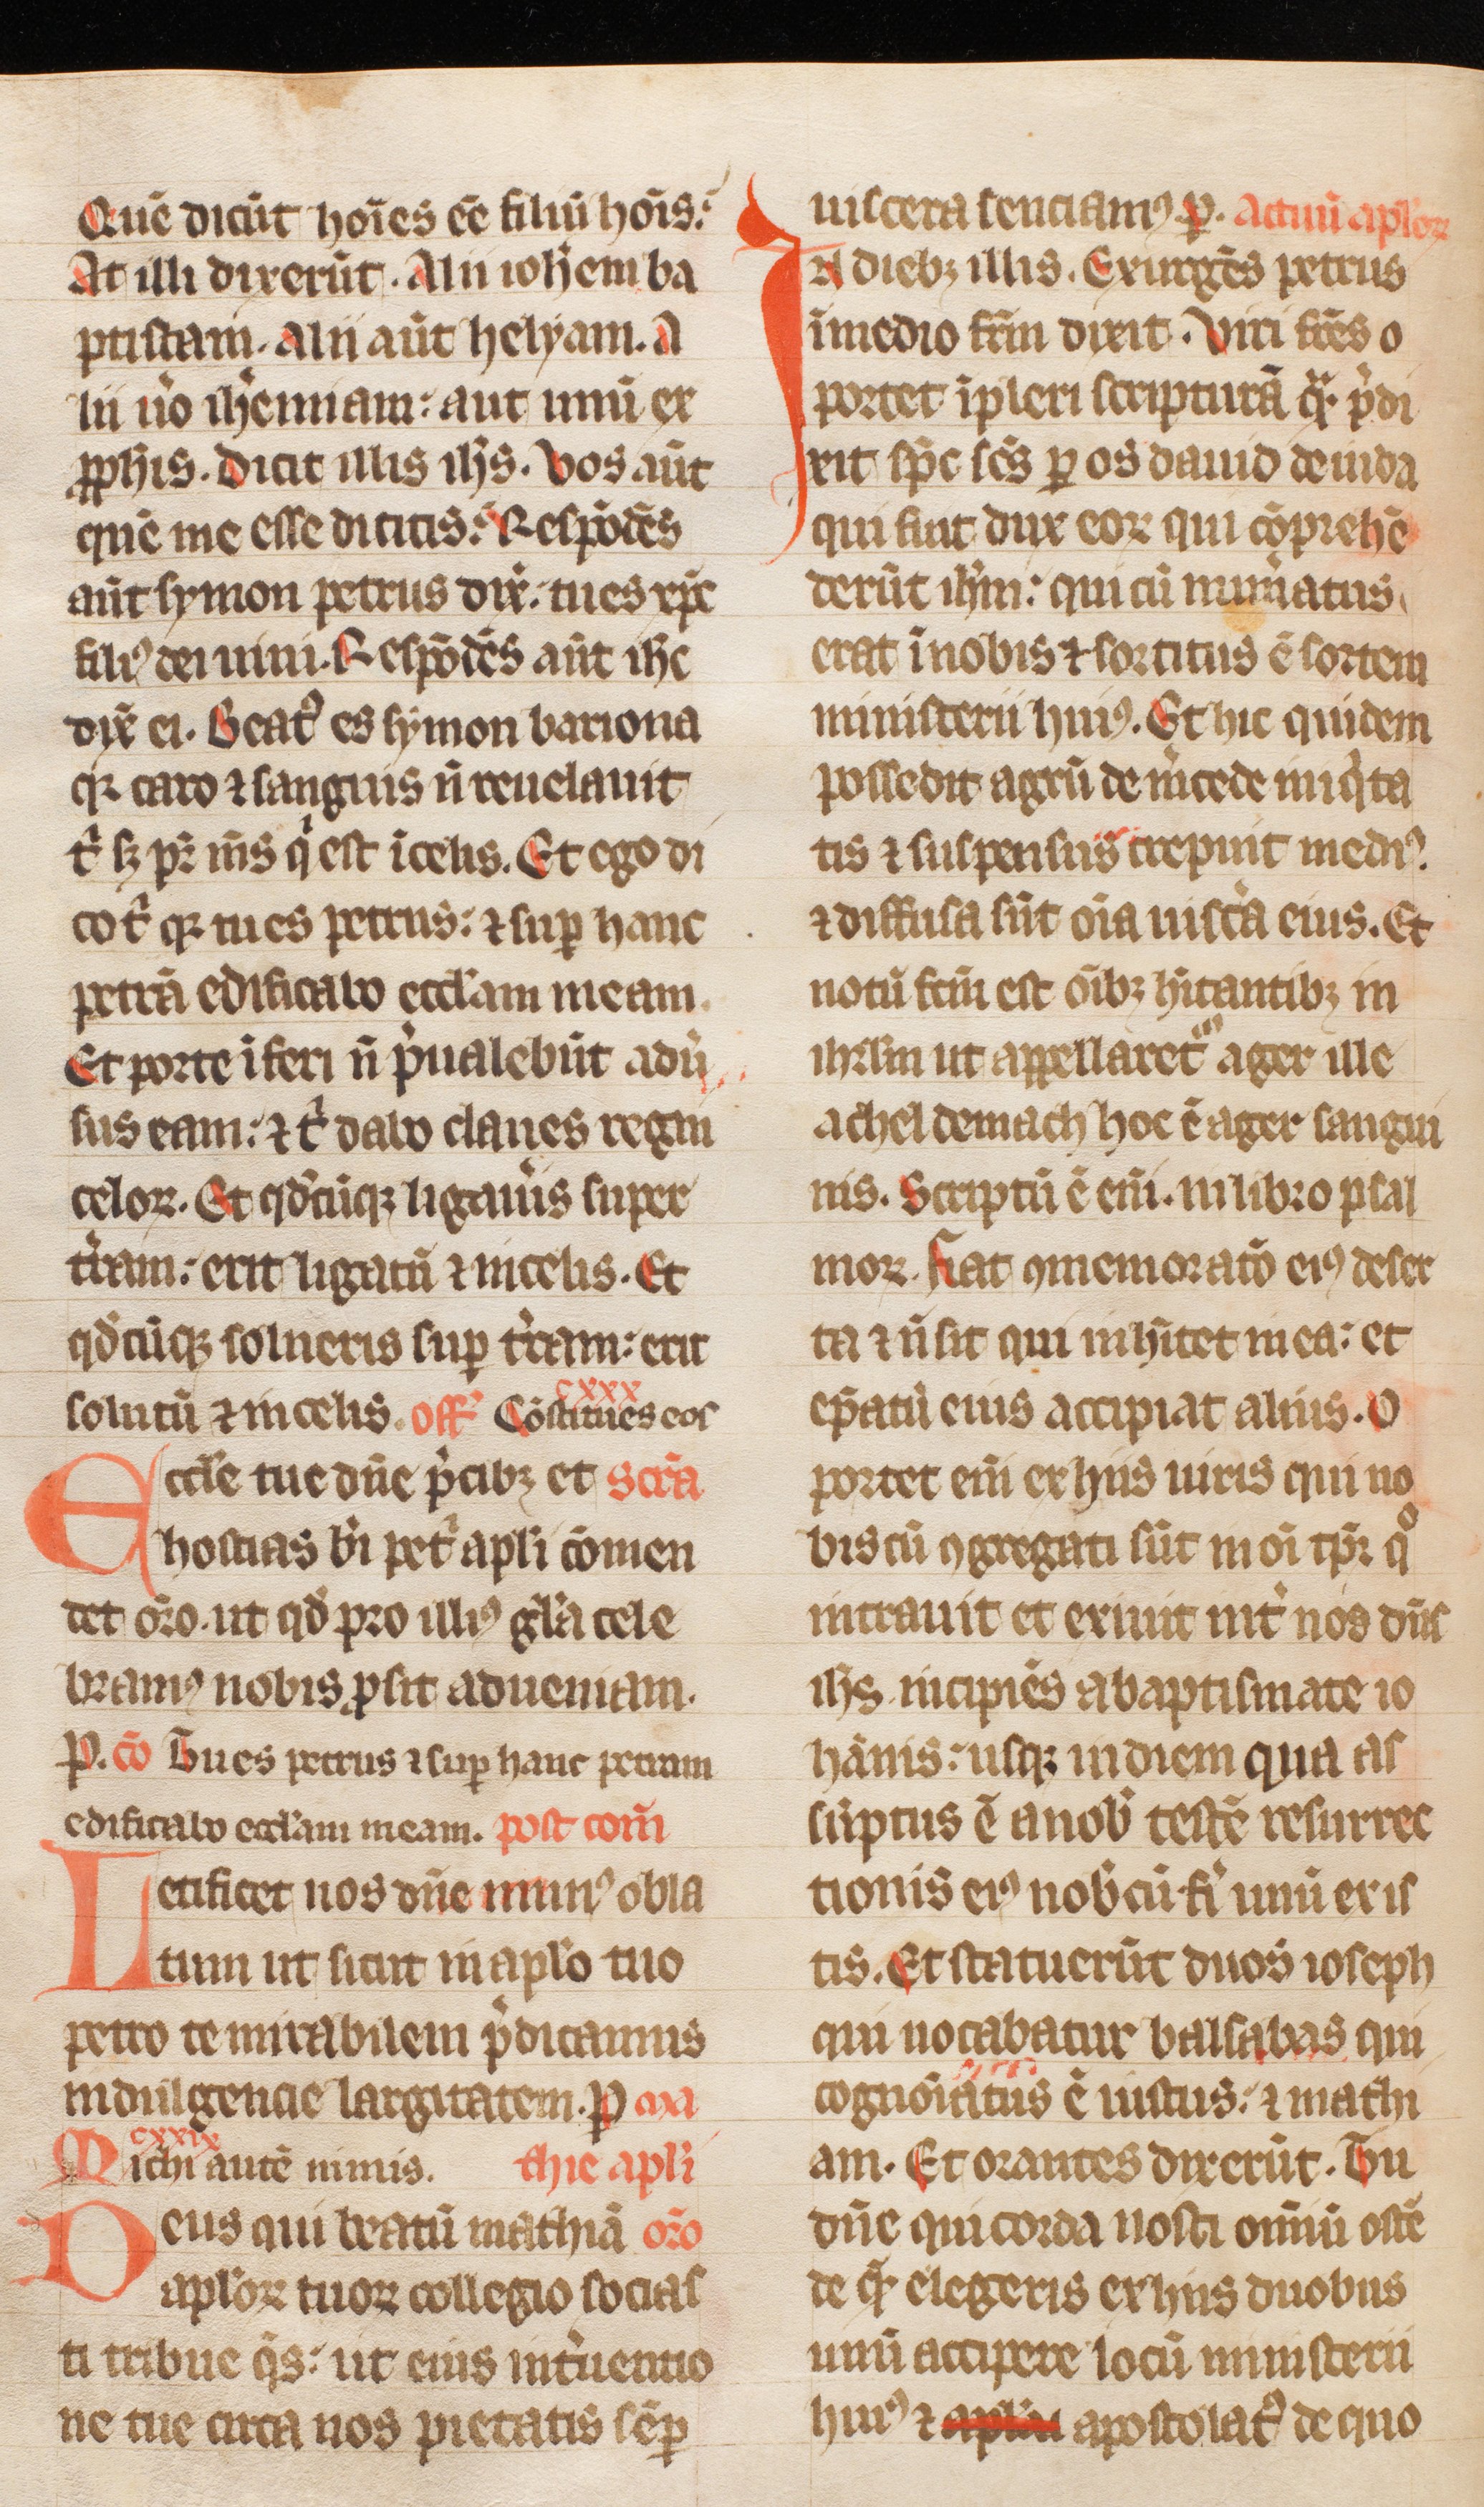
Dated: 1300–1399